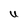
Character: U